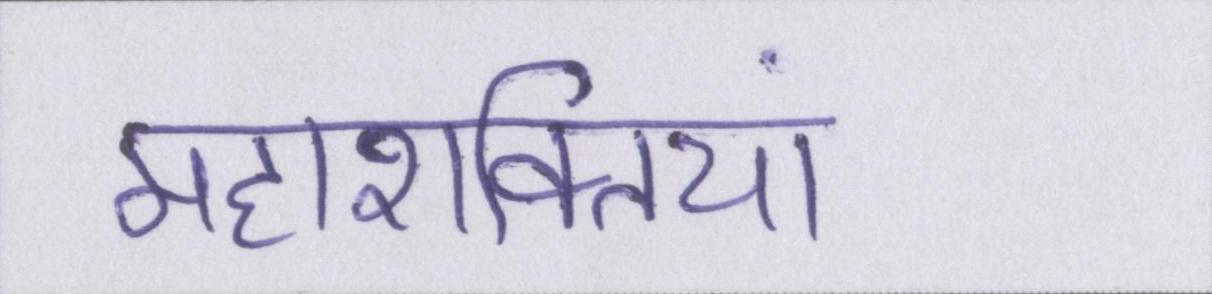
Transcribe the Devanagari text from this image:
महाशक्तियां